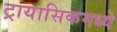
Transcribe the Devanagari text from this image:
ट्रायासिकमध्ये